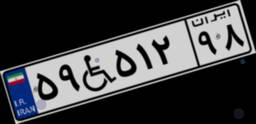
۵۹W۵۱۲۹۸